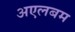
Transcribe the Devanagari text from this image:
अएलबम